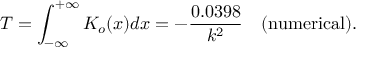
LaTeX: T = \int _ { - \infty } ^ { + \infty } K _ { o } ( x ) d x = - \frac { 0 . 0 3 9 8 } { k ^ { 2 } } \ \ \ \mathrm { ( n u m e r i c a l ) } .